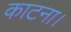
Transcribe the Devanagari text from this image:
काटना।